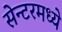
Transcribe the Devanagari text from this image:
सेन्टरमध्ये